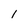
Character: l